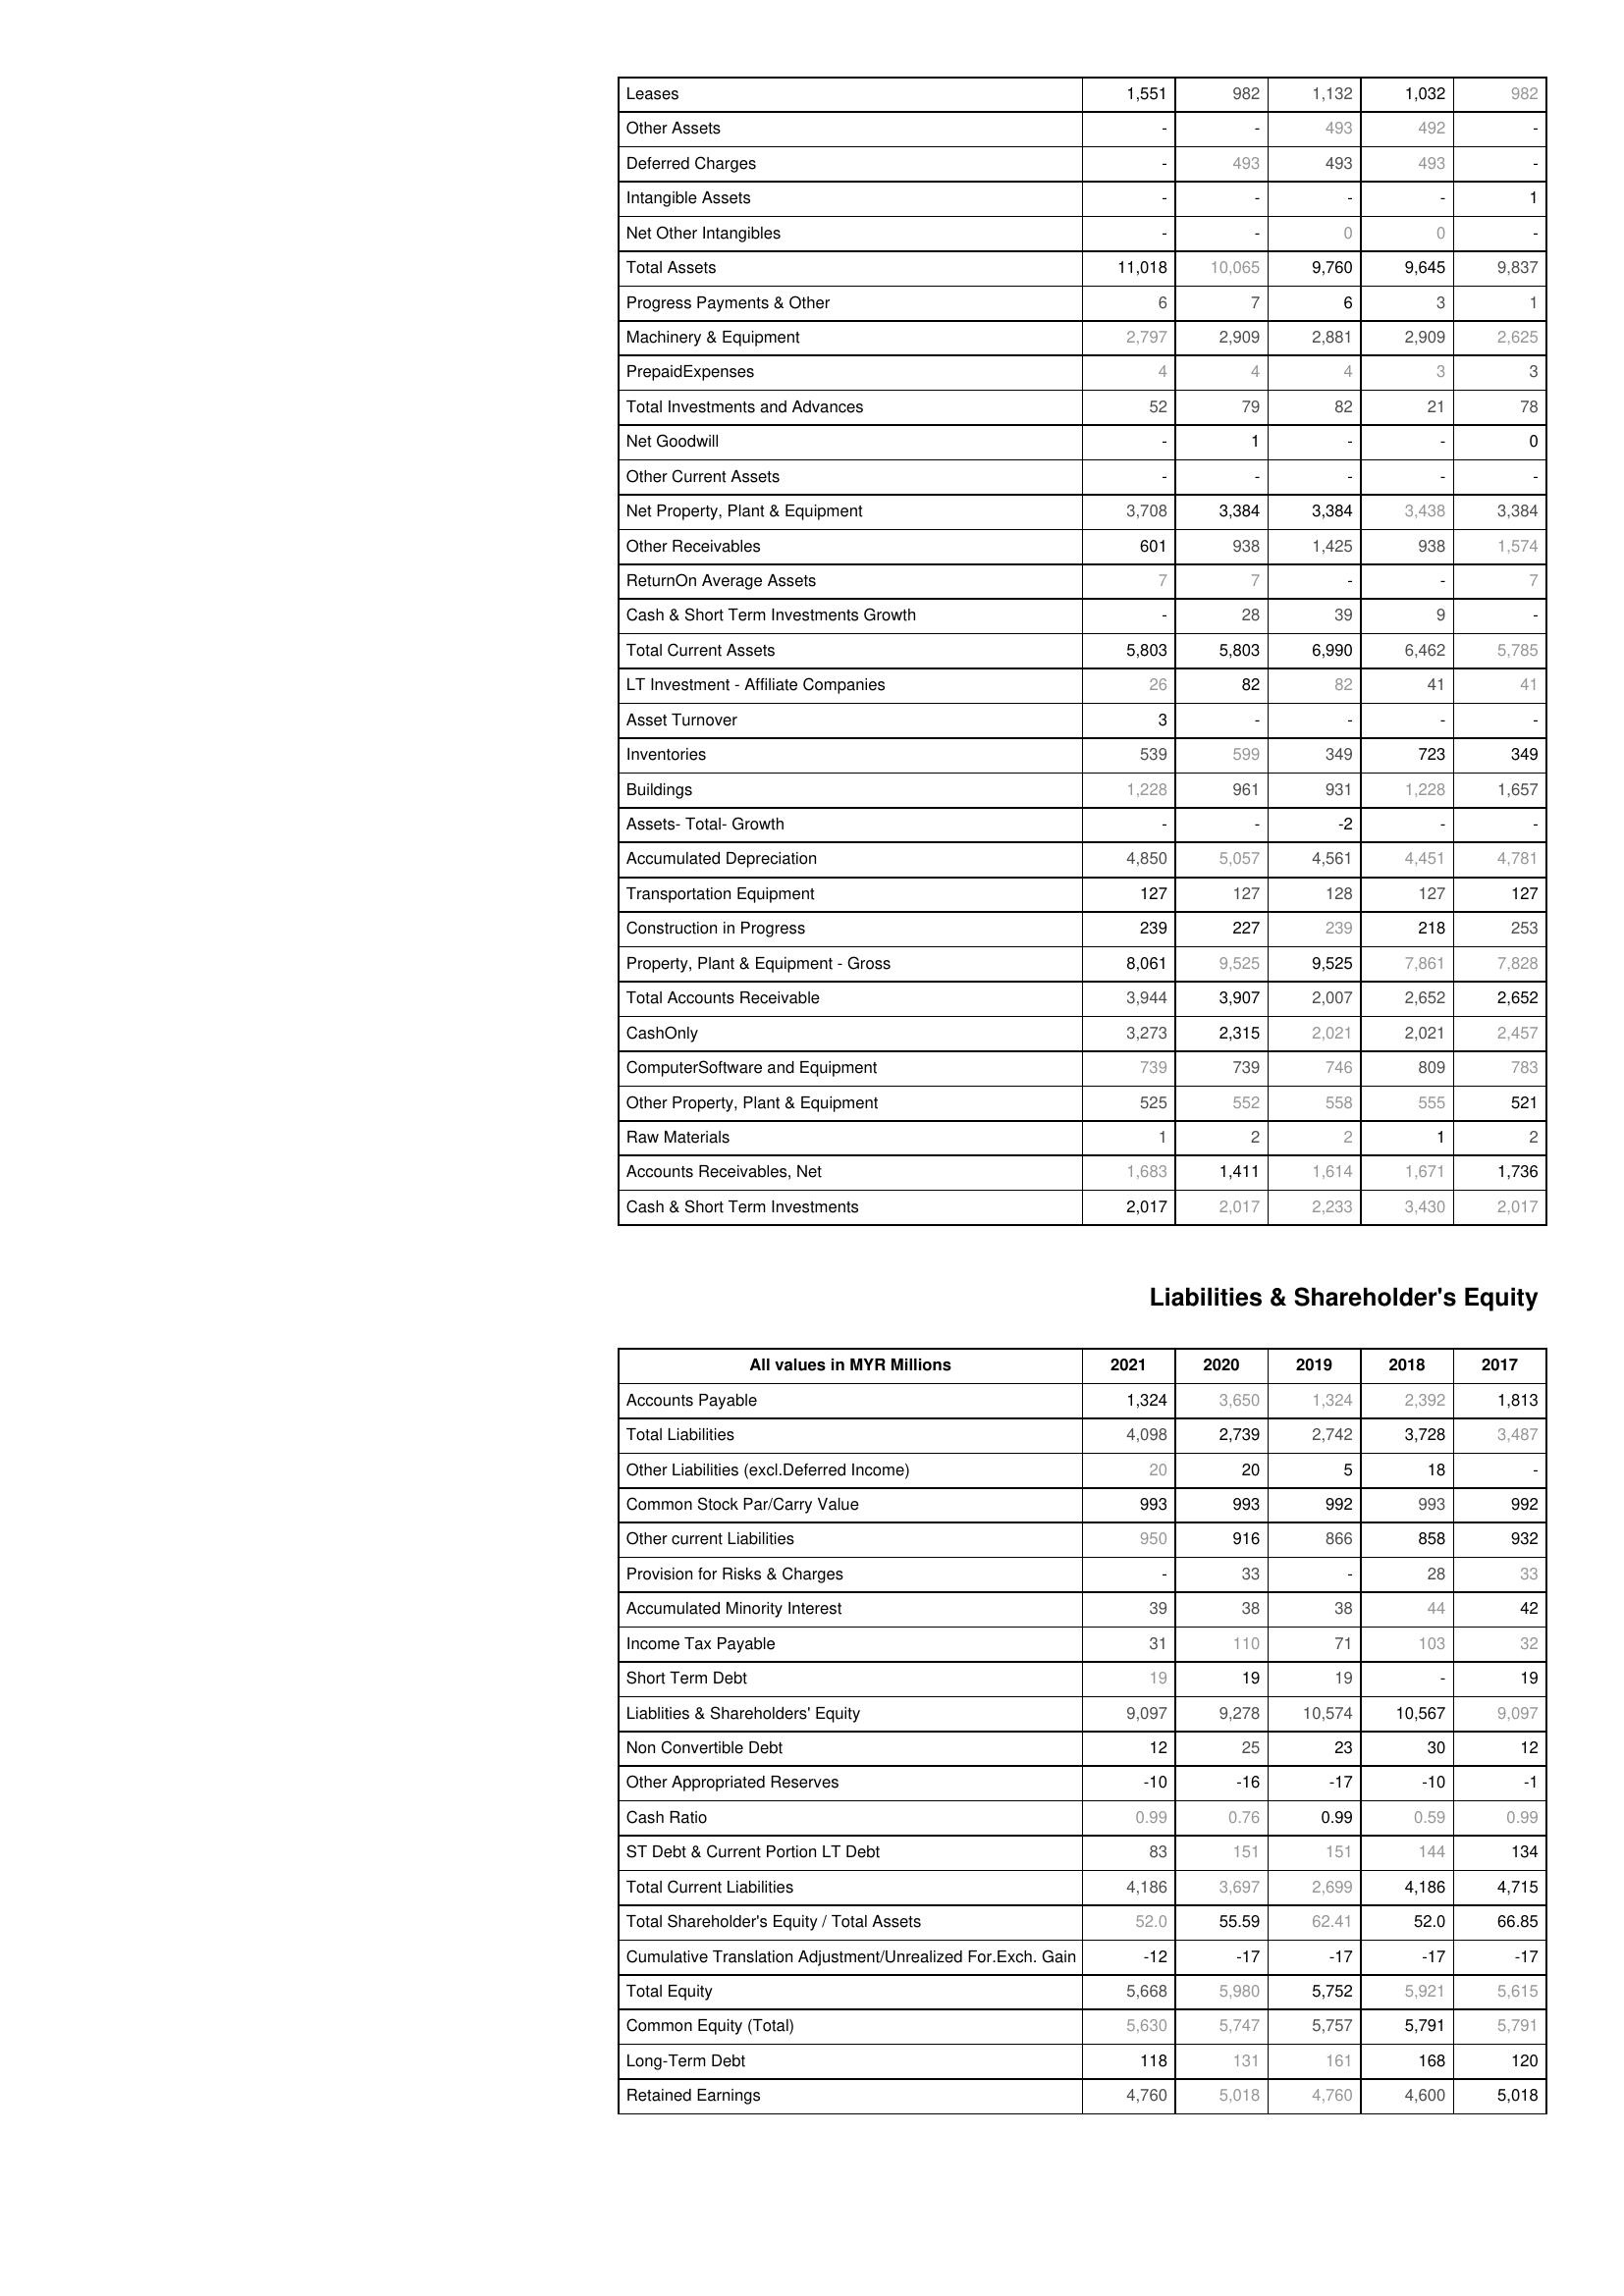
2021: Assets: Leases: 1,551
Other Assets: -
Deferred Charges: -
Intangible Assets: -
Net Other Intangibles: -
Total Assets: 11,018
Progress Payments & Other: 6
Machinery & Equipment: 2,797
PrepaidExpenses: 4
Total Investments and Advances: 52
Net Goodwill: -
Other Current Assets: -
Net Property, Plant & Equipment: 3,708
Other Receivables: 601
ReturnOn Average Assets: 7
Cash & Short Term Investments Growth: -
Total Current Assets: 5,803
LT Investment - Affiliate Companies: 26
Asset Turnover: 3
Inventories: 539
Buildings: 1,228
Assets- Total- Growth: -
Accumulated Depreciation: 4,850
Transportation Equipment: 127
Construction in Progress: 239
Property, Plant & Equipment - Gross : 8,061
Total Accounts Receivable: 3,944
CashOnly: 3,273
ComputerSoftware and Equipment: 739
Other Property, Plant & Equipment: 525
Raw Materials: 1
Accounts Receivables, Net: 1,683
Cash & Short Term Investments: 2,017
Liabilities & Shareholder's Equity: Accounts Payable: 1,324
Total Liabilities: 4,098
Other Liabilities (excl.Deferred Income): 20
Common Stock Par/Carry Value: 993
Other current Liabilities: 950
Provision for Risks & Charges: -
Accumulated Minority Interest: 39
Income Tax Payable: 31
Short Term Debt: 19
Liablities & Shareholders' Equity: 9,097
Non Convertible Debt: 12
Other Appropriated Reserves: -10
Cash Ratio: 0.99
ST Debt & Current Portion LT Debt: 83
Total Current Liabilities: 4,186
Total Shareholder's Equity / Total Assets: 52.0
Cumulative Translation Adjustment/Unrealized For.Exch. Gain: -12
Total Equity: 5,668
Common Equity (Total): 5,630
Long-Term Debt: 118
Retained Earnings: 4,760
2020: Assets: Leases: 982
Other Assets: -
Deferred Charges: 493
Intangible Assets: -
Net Other Intangibles: -
Total Assets: 10,065
Progress Payments & Other: 7
Machinery & Equipment: 2,909
PrepaidExpenses: 4
Total Investments and Advances: 79
Net Goodwill: 1
Other Current Assets: -
Net Property, Plant & Equipment: 3,384
Other Receivables: 938
ReturnOn Average Assets: 7
Cash & Short Term Investments Growth: 28
Total Current Assets: 5,803
LT Investment - Affiliate Companies: 82
Asset Turnover: -
Inventories: 599
Buildings: 961
Assets- Total- Growth: -
Accumulated Depreciation: 5,057
Transportation Equipment: 127
Construction in Progress: 227
Property, Plant & Equipment - Gross : 9,525
Total Accounts Receivable: 3,907
CashOnly: 2,315
ComputerSoftware and Equipment: 739
Other Property, Plant & Equipment: 552
Raw Materials: 2
Accounts Receivables, Net: 1,411
Cash & Short Term Investments: 2,017
Liabilities & Shareholder's Equity: Accounts Payable: 3,650
Total Liabilities: 2,739
Other Liabilities (excl.Deferred Income): 20
Common Stock Par/Carry Value: 993
Other current Liabilities: 916
Provision for Risks & Charges: 33
Accumulated Minority Interest: 38
Income Tax Payable: 110
Short Term Debt: 19
Liablities & Shareholders' Equity: 9,278
Non Convertible Debt: 25
Other Appropriated Reserves: -16
Cash Ratio: 0.76
ST Debt & Current Portion LT Debt: 151
Total Current Liabilities: 3,697
Total Shareholder's Equity / Total Assets: 55.59
Cumulative Translation Adjustment/Unrealized For.Exch. Gain: -17
Total Equity: 5,980
Common Equity (Total): 5,747
Long-Term Debt: 131
Retained Earnings: 5,018
2019: Assets: Leases: 1,132
Other Assets: 493
Deferred Charges: 493
Intangible Assets: -
Net Other Intangibles: 0
Total Assets: 9,760
Progress Payments & Other: 6
Machinery & Equipment: 2,881
PrepaidExpenses: 4
Total Investments and Advances: 82
Net Goodwill: -
Other Current Assets: -
Net Property, Plant & Equipment: 3,384
Other Receivables: 1,425
ReturnOn Average Assets: -
Cash & Short Term Investments Growth: 39
Total Current Assets: 6,990
LT Investment - Affiliate Companies: 82
Asset Turnover: -
Inventories: 349
Buildings: 931
Assets- Total- Growth: -2
Accumulated Depreciation: 4,561
Transportation Equipment: 128
Construction in Progress: 239
Property, Plant & Equipment - Gross : 9,525
Total Accounts Receivable: 2,007
CashOnly: 2,021
ComputerSoftware and Equipment: 746
Other Property, Plant & Equipment: 558
Raw Materials: 2
Accounts Receivables, Net: 1,614
Cash & Short Term Investments: 2,233
Liabilities & Shareholder's Equity: Accounts Payable: 1,324
Total Liabilities: 2,742
Other Liabilities (excl.Deferred Income): 5
Common Stock Par/Carry Value: 992
Other current Liabilities: 866
Provision for Risks & Charges: -
Accumulated Minority Interest: 38
Income Tax Payable: 71
Short Term Debt: 19
Liablities & Shareholders' Equity: 10,574
Non Convertible Debt: 23
Other Appropriated Reserves: -17
Cash Ratio: 0.99
ST Debt & Current Portion LT Debt: 151
Total Current Liabilities: 2,699
Total Shareholder's Equity / Total Assets: 62.41
Cumulative Translation Adjustment/Unrealized For.Exch. Gain: -17
Total Equity: 5,752
Common Equity (Total): 5,757
Long-Term Debt: 161
Retained Earnings: 4,760
2018: Assets: Leases: 1,032
Other Assets: 492
Deferred Charges: 493
Intangible Assets: -
Net Other Intangibles: 0
Total Assets: 9,645
Progress Payments & Other: 3
Machinery & Equipment: 2,909
PrepaidExpenses: 3
Total Investments and Advances: 21
Net Goodwill: -
Other Current Assets: -
Net Property, Plant & Equipment: 3,438
Other Receivables: 938
ReturnOn Average Assets: -
Cash & Short Term Investments Growth: 9
Total Current Assets: 6,462
LT Investment - Affiliate Companies: 41
Asset Turnover: -
Inventories: 723
Buildings: 1,228
Assets- Total- Growth: -
Accumulated Depreciation: 4,451
Transportation Equipment: 127
Construction in Progress: 218
Property, Plant & Equipment - Gross : 7,861
Total Accounts Receivable: 2,652
CashOnly: 2,021
ComputerSoftware and Equipment: 809
Other Property, Plant & Equipment: 555
Raw Materials: 1
Accounts Receivables, Net: 1,671
Cash & Short Term Investments: 3,430
Liabilities & Shareholder's Equity: Accounts Payable: 2,392
Total Liabilities: 3,728
Other Liabilities (excl.Deferred Income): 18
Common Stock Par/Carry Value: 993
Other current Liabilities: 858
Provision for Risks & Charges: 28
Accumulated Minority Interest: 44
Income Tax Payable: 103
Short Term Debt: -
Liablities & Shareholders' Equity: 10,567
Non Convertible Debt: 30
Other Appropriated Reserves: -10
Cash Ratio: 0.59
ST Debt & Current Portion LT Debt: 144
Total Current Liabilities: 4,186
Total Shareholder's Equity / Total Assets: 52.0
Cumulative Translation Adjustment/Unrealized For.Exch. Gain: -17
Total Equity: 5,921
Common Equity (Total): 5,791
Long-Term Debt: 168
Retained Earnings: 4,600
2017: Assets: Leases: 982
Other Assets: -
Deferred Charges: -
Intangible Assets: 1
Net Other Intangibles: -
Total Assets: 9,837
Progress Payments & Other: 1
Machinery & Equipment: 2,625
PrepaidExpenses: 3
Total Investments and Advances: 78
Net Goodwill: 0
Other Current Assets: -
Net Property, Plant & Equipment: 3,384
Other Receivables: 1,574
ReturnOn Average Assets: 7
Cash & Short Term Investments Growth: -
Total Current Assets: 5,785
LT Investment - Affiliate Companies: 41
Asset Turnover: -
Inventories: 349
Buildings: 1,657
Assets- Total- Growth: -
Accumulated Depreciation: 4,781
Transportation Equipment: 127
Construction in Progress: 253
Property, Plant & Equipment - Gross : 7,828
Total Accounts Receivable: 2,652
CashOnly: 2,457
ComputerSoftware and Equipment: 783
Other Property, Plant & Equipment: 521
Raw Materials: 2
Accounts Receivables, Net: 1,736
Cash & Short Term Investments: 2,017
Liabilities & Shareholder's Equity: Accounts Payable: 1,813
Total Liabilities: 3,487
Other Liabilities (excl.Deferred Income): -
Common Stock Par/Carry Value: 992
Other current Liabilities: 932
Provision for Risks & Charges: 33
Accumulated Minority Interest: 42
Income Tax Payable: 32
Short Term Debt: 19
Liablities & Shareholders' Equity: 9,097
Non Convertible Debt: 12
Other Appropriated Reserves: -1
Cash Ratio: 0.99
ST Debt & Current Portion LT Debt: 134
Total Current Liabilities: 4,715
Total Shareholder's Equity / Total Assets: 66.85
Cumulative Translation Adjustment/Unrealized For.Exch. Gain: -17
Total Equity: 5,615
Common Equity (Total): 5,791
Long-Term Debt: 120
Retained Earnings: 5,018